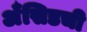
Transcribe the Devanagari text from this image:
अँसिडची